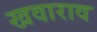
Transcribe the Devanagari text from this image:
खवाराव